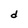
Character: d